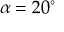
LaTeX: \alpha = 2 0 ^ { \circ }